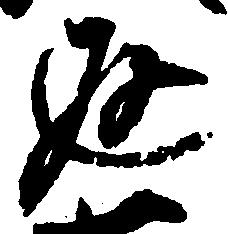
返